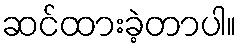
ဆင်ထားခဲ့တာပါ။